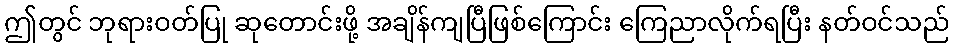
ဤတွင် ဘုရားဝတ်ပြု ဆုတောင်းဖို့ အချိန်ကျပြီဖြစ်ကြောင်း ကြေညာလိုက်ရပြီး နတ်ဝင်သည်